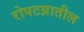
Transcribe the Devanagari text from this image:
रोपटय़ातील